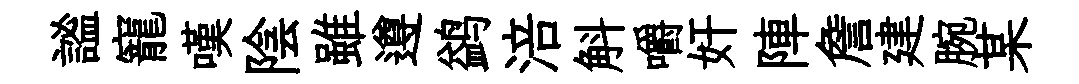
謐寵嘆陰雖遵鹢涪斛嚼奸陣詹建腕某